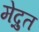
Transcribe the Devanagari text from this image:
मेद्रुत